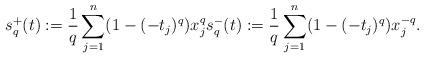
LaTeX: \begin{align*}s_q^+(t) := \frac{1}{q} \sum_{j=1}^n(1- (-t_j)^{q}) x_j^q s_q^-(t) := \frac{1}{q} \sum_{j=1}^n(1- (-t_j)^{q}) x_j^{-q}.\end{align*}